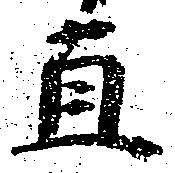
直